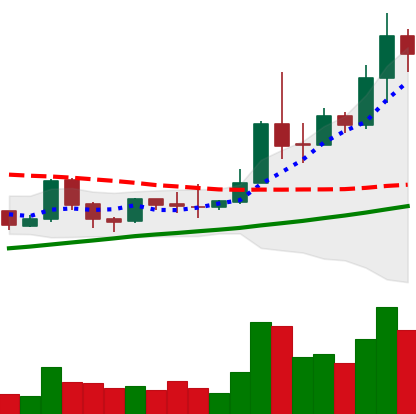
Ticker: TRX-USD
Chart end date: 2019-04-09
Forward return: -9.655%
Label: down_7plus